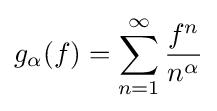
g_{\alpha }(f)=\sum \limits _{n=1}^{\infty }{\frac {f^{n}}{n^{\alpha }}}